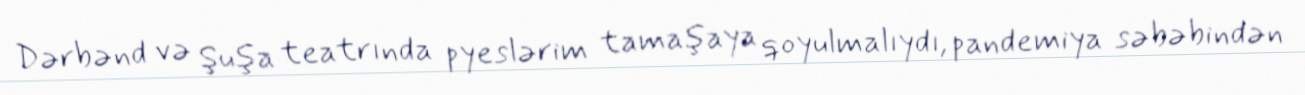
Dərbənd və Şuşa teatrında pyeslərim tamaşaya qoyulmalıydı, pandemiya səbəbindən